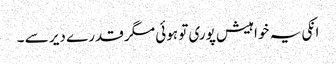
انکی یہ خواہیش پوری تو ہوئی مگر قدرے دیر سے ۔